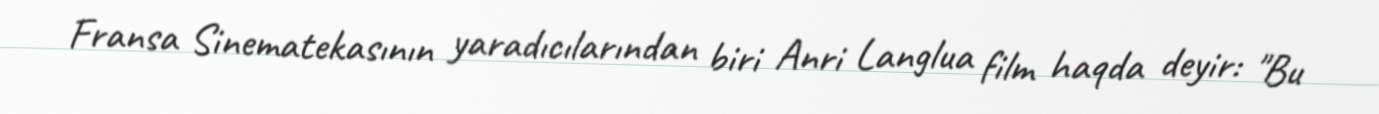
Fransa Sinematekasının yaradıcılarından biri Anri Langlua film haqda deyir: "Bu